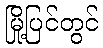
မြို့ပြင်တွင်